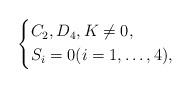
LaTeX: \begin{align*}\left\{\begin{alignedat}{2}&C_2, D_4, K\ne 0,\\&S_i=0 (i = 1,\ldots, 4),\end{alignedat}\right.\end{align*}